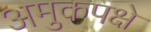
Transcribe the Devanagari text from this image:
अमुकपक्षे